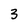
Character: 3